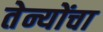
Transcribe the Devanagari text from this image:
तेन्योंचा